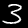
Label: 3